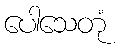
ပေါသေတုံ